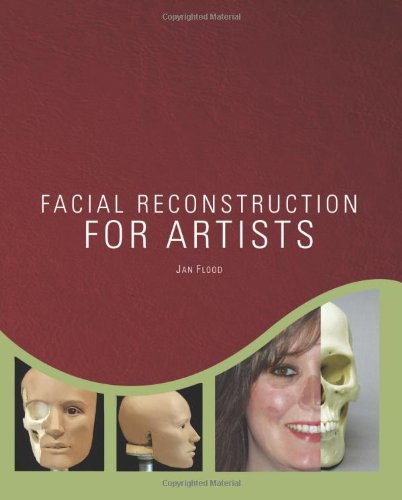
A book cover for Facial Reconstruction for Artists; Jan Flood; Arts & Photography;